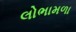
લોભામળા